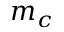
m _ { c }